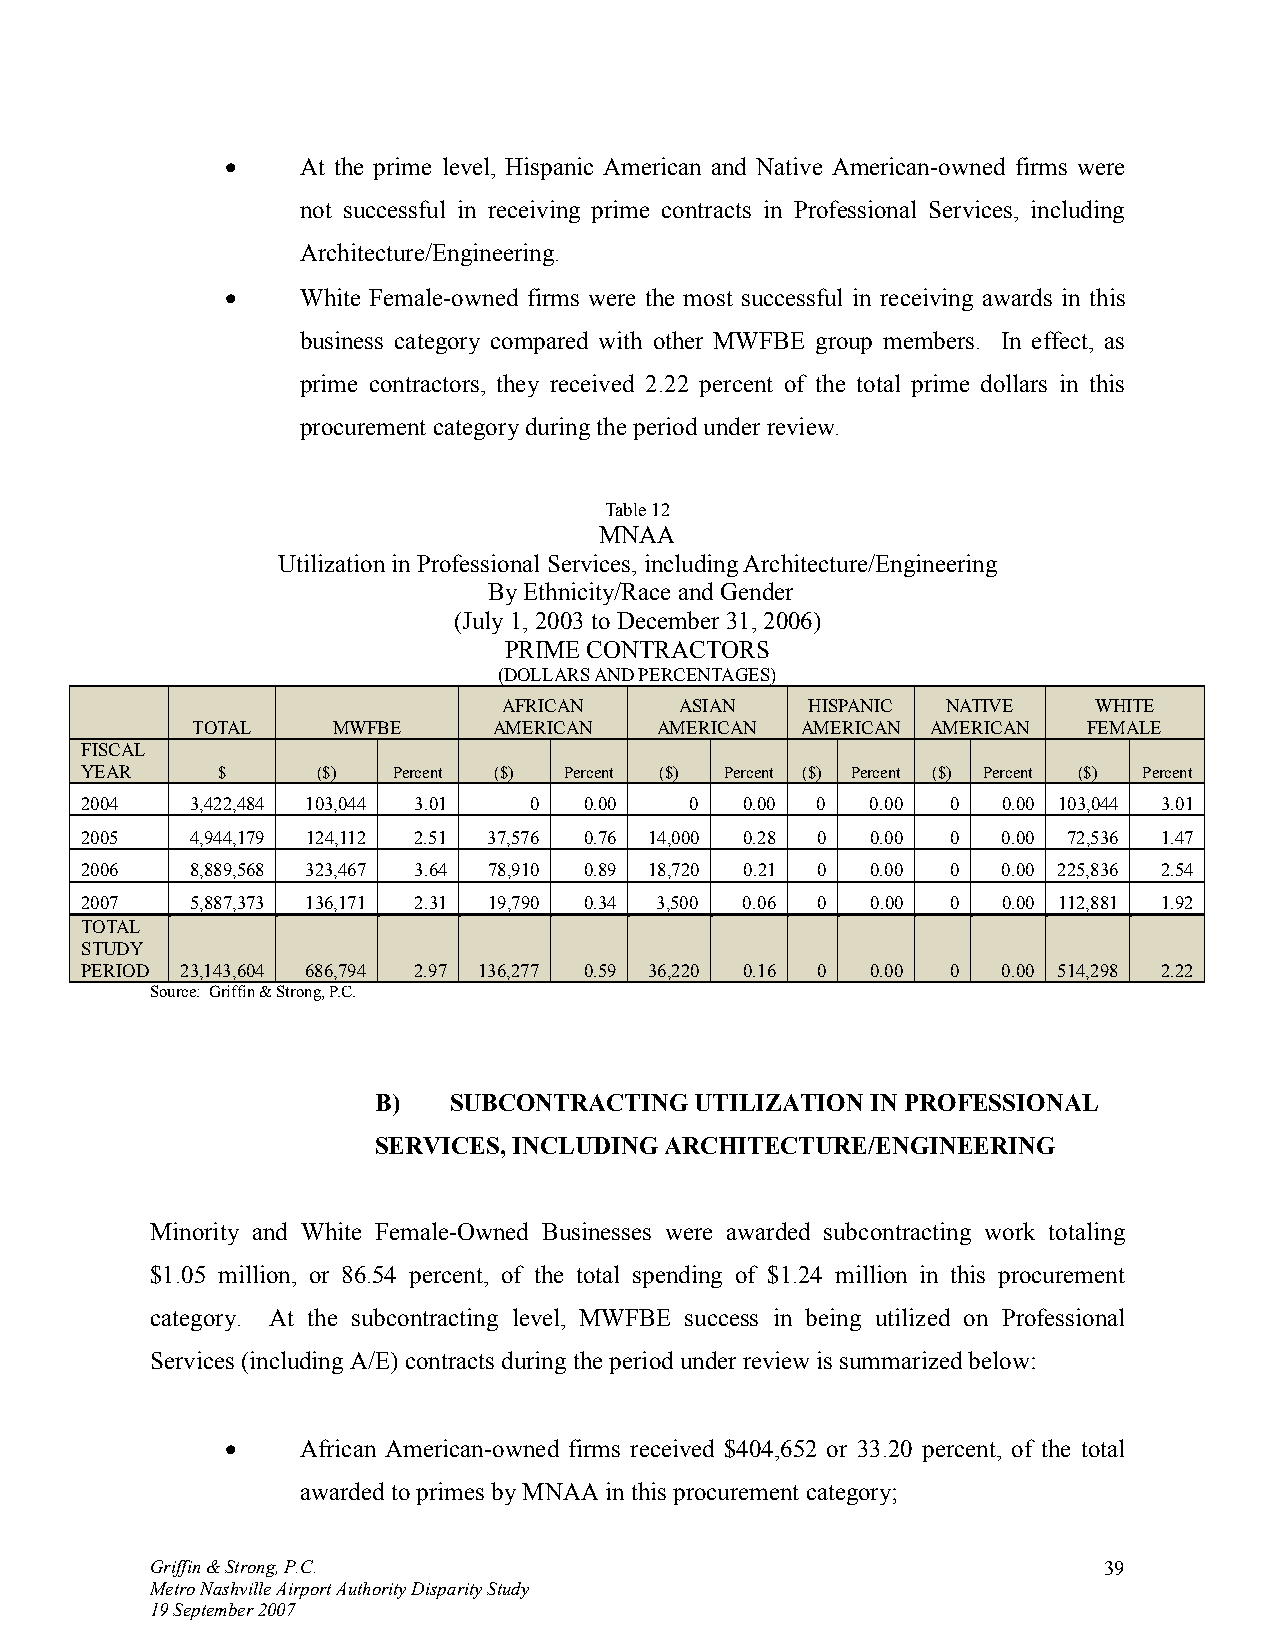
•    At the prime level, Hispanic American and Native American-owned firms were
 not successful in receiving prime contracts in Professional Services, including
 Architecture/Engineering.
 •    White Female-owned firms were the most successful in receiving awards in this
 business category compared with other MWFBE group members. In effect, as
 prime contractors, they received 2.22 percent of the total prime dollars in this
 procurement category during the period under review.
 Table 12
 MNAA
 Utilization in Professional Services, including Architecture/Engineering
 By Ethnicity/Race and Gender
 (July 1, 2003 to December 31, 2006)
 PRIME CONTRACTORS
 (DOLLARS AND PERCENTAGES)
 AFRICAN     ASIAN    HISPANIC NATIVE   WHITE
 TOTAL    MWFBE      AMERICAN   AMERICAN AMERICAN AMERICAN  FEMALE
 FISCAL
 YEAR     $      ($)  Percent ($) Percent ($) Percent ($) Percent ($) Percent ($) Percent
 2004    3,422,484 103,044 3.01 0  0.00   0  0.00 0   0.00 0  0.00 103,044 3.01
 2005    4,944,179 124,112 2.51 37,576 0.76 14,000 0.28 0 0.00 0 0.00 72,536 1.47
 2006    8,889,568 323,467 3.64 78,910 0.89 18,720 0.21 0 0.00 0 0.00 225,836 2.54
 2007    5,887,373 136,171 2.31 19,790 0.34 3,500 0.06 0 0.00 0 0.00 112,881 1.92
 TOTAL
 STUDY
 PERIOD 23,143,604 686,794 2.97 136,277 0.59 36,220 0.16 0 0.00 0 0.00 514,298 2.22
 Source: Griffin & Strong, P.C.
 B)   SUBCONTRACTING  UTILIZATION IN PROFESSIONAL
 SERVICES, INCLUDING ARCHITECTURE/ENGINEERING
 Minority and White Female-Owned Businesses were awarded subcontracting work totaling
 $1.05 million, or 86.54 percent, of the total spending of $1.24 million in this procurement
 category. At the subcontracting level, MWFBE success in being utilized on Professional
 Services (including A/E) contracts during the period under review is summarized below:
 •    African American-owned firms received $404,652 or 33.20 percent, of the total
 awarded to primes by MNAA in this procurement category;
 Griffin & Strong, P.C.                                         39
 Metro Nashville Airport Authority Disparity Study
 19 September 2007